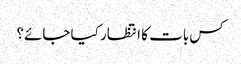
کس بات کا انتظار کیا جائے؟